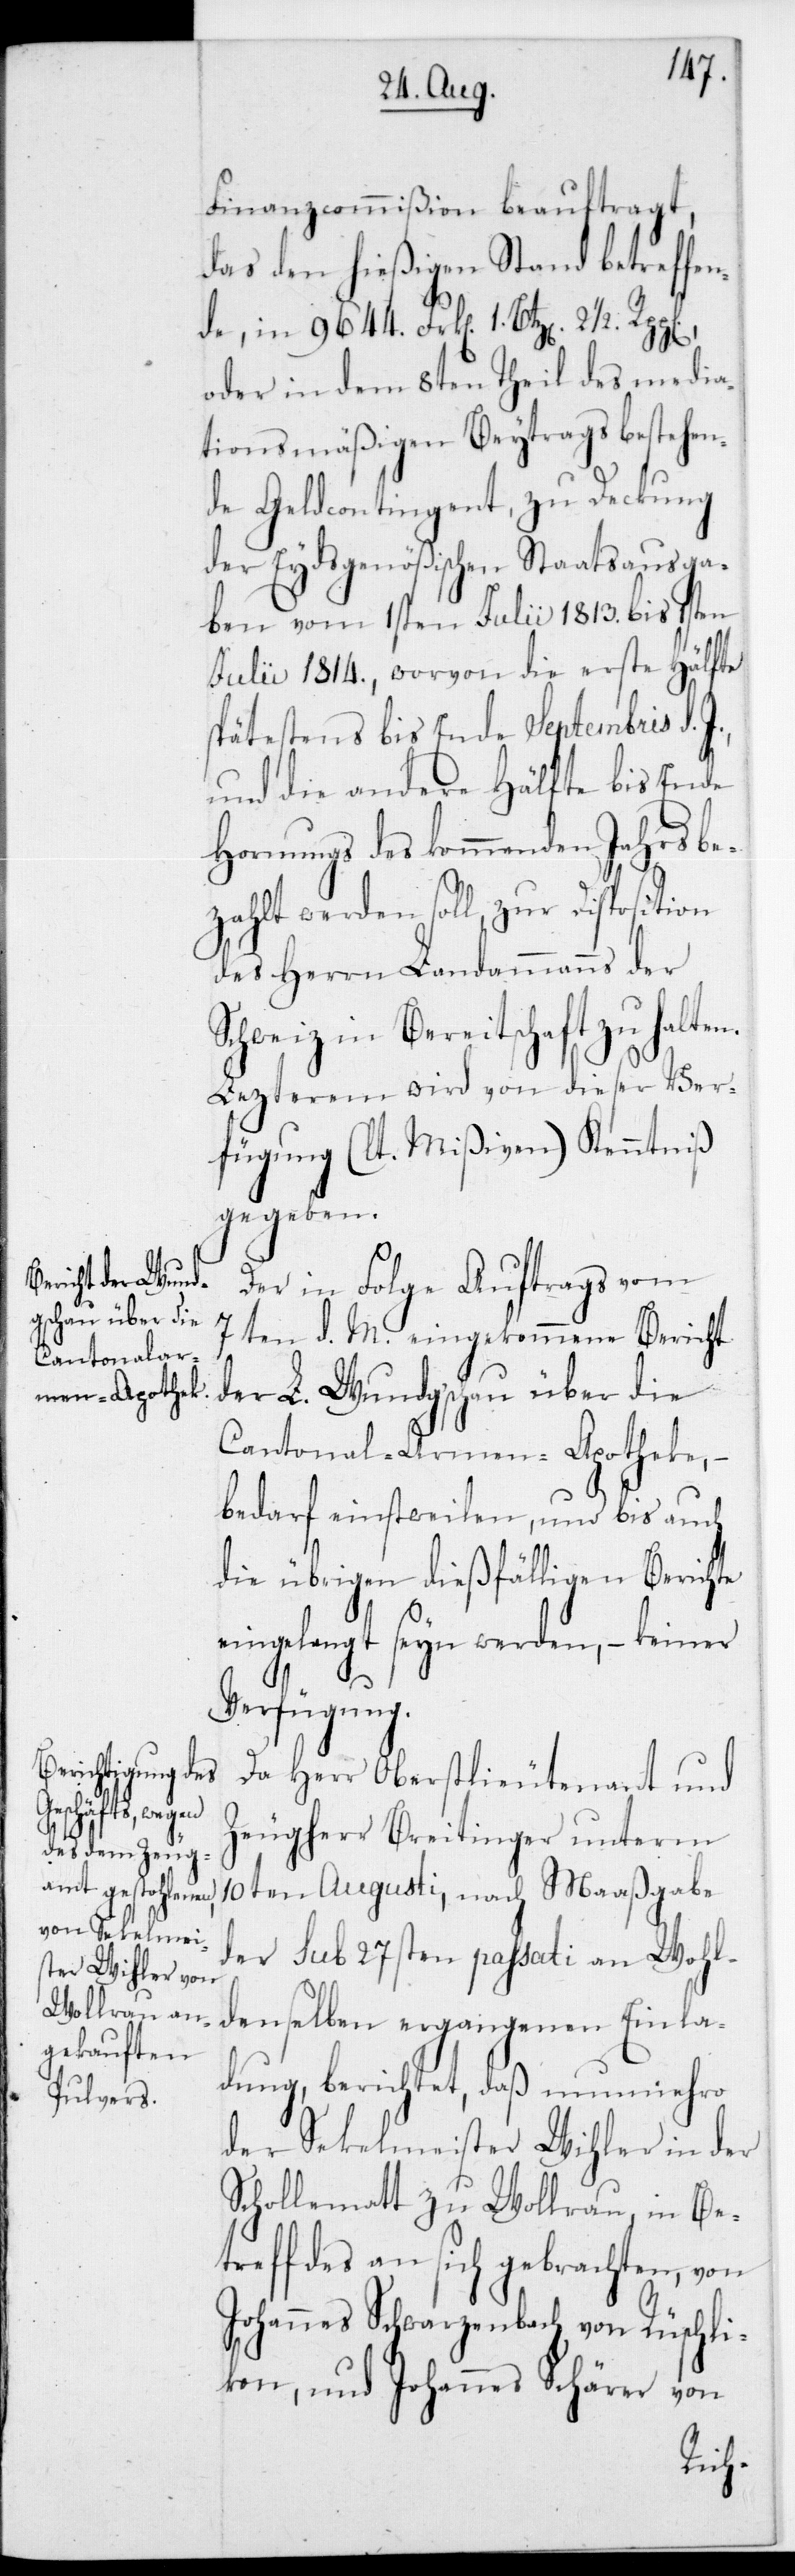
Finanzcommißion beauftragt,
das den hießigenStand betreffen¬
de, in 9644 Frk[en] 1 Btz[en] 2 1/2
oder in dem 8ten Theil des media¬
tionsmäßigen Beytrags bestehen¬
de Geldcontingent, zu Deckung
der Eydsgenößischen Staatsausga¬
ben vom 1sten Julii 1813 bis 1sten
Julii 1814, worvon die erste Hälfte
spätestens bis Ende Septembris d.
und die andere Hälfte bis Ende
Hornungs des kommenden Jahres be¬
zahlt werden soll, zur Disposition
des Herrn Landammanns der
Schweiz in Bereitschaft zu halte¬
Lezterem wird von dieser Ver¬
fügung (laut Mißiven) Kenntniß
gegeben.
Der in Folge Auftrags vom
7ten d. M. eingekomene Bericht
der L. Wundgschau über die
Cantonal-Armen-Apotheke,
bedarf einstweilen und bis auch
die übrigen dießfälligen Berichte
eingelangt seyn werden, – keiner
n.
Verfügung.
Da Herr Oberstlieutenant und
Zeugherr Breitinger unterm
10ten Augusti, nach Maaßgabe
der sub 27sten passati an Wohl¬
denselben ergangenen Einla¬
dung, berichtet, daß nunmehro
der Sekelmeister Wihler in der
Schollematt zu Wollerau, in Be¬
treff des an sich gebrachten, von
Johannes Schwarzenbach von Rüschli¬
kon und Johannes Schärer von